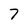
Character: 7